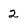
Character: 2